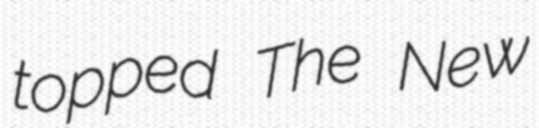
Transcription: topped The New